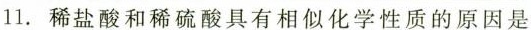
11.稀盐酸和稀硫酸具有相似化学性质的原因是____；